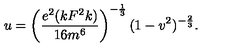
u = \left( \frac { e ^ { 2 } ( k F ^ { 2 } k ) } { 1 6 m ^ { 6 } } \right) ^ { - \frac { 1 } { 3 } } ( 1 - v ^ { 2 } ) ^ { - \frac { 2 } { 3 } } .